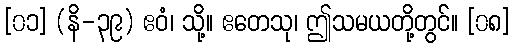
[၀၁] (နိ-၃၉) ဧဝံ၊ သို့။ ဧတေသု၊ ဤသမယတို့တွင်။ [၀၈]